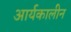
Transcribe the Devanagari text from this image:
आर्यकालीन